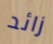
زائد